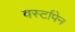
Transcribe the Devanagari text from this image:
वर्स्टापेन